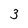
Character: 3